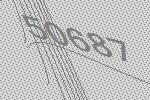
50687